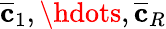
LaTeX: \overline{{\mathbf{c}}}_{1},\hdots,\overline{{\mathbf{c}}}_{R}